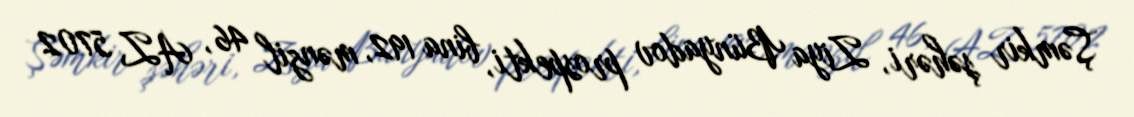
Şəmkir şəhəri, Ziya Bünyadov prospekti, bina 192, mənzil 46, AZ 5702